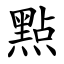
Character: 㸃